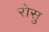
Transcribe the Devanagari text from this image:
रोसु